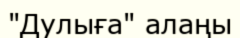
"Дулыға" алаңы